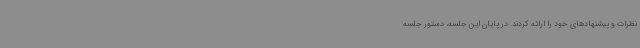
نظرات و پیشنهادهای خود را ارائه کردند. در پایان این جلسه، دستور جلسه